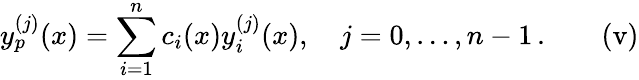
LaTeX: y_{p}^{(j)}(x)=\sum_{i=1}^{n}c_{i}(x)y_{i}^{(j)}(x),\quad j=0,\ldots,n-1\, \mathrm{.}\quad\quad\mathrm{{(v)}}